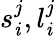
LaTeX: s_{\mathit{i}}^{j},l_{\mathit{i}}^{j}